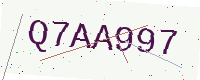
Text: Q7AA997